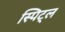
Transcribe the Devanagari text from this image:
स्पिट्ल